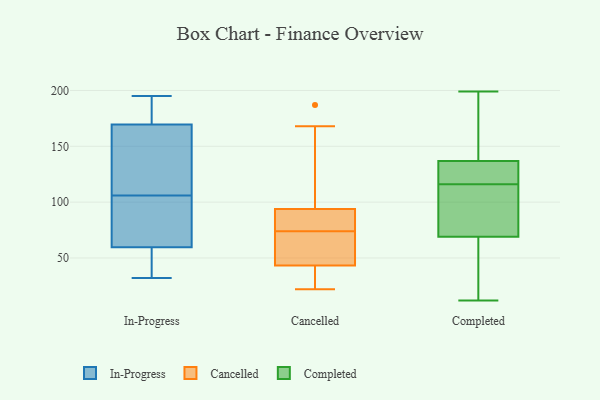
{"axis": {"x": "Inventory Turnover", "y": "Value"}, "legend": ["Cancelled", "Completed", "In-Progress"], "data": [{"x": "", "y": 188, "type": "In-Progress"}, {"x": "", "y": 172, "type": "In-Progress"}, {"x": "", "y": 40, "type": "In-Progress"}, {"x": "", "y": 127, "type": "In-Progress"}, {"x": "", "y": 122, "type": "In-Progress"}, {"x": "", "y": 195, "type": "In-Progress"}, {"x": "", "y": 106, "type": "In-Progress"}, {"x": "", "y": 177, "type": "In-Progress"}, {"x": "", "y": 88, "type": "In-Progress"}, {"x": "", "y": 59, "type": "In-Progress"}, {"x": "", "y": 32, "type": "In-Progress"}, {"x": "", "y": 36, "type": "In-Progress"}, {"x": "", "y": 173, "type": "In-Progress"}, {"x": "", "y": 34, "type": "In-Progress"}, {"x": "", "y": 81, "type": "In-Progress"}, {"x": "", "y": 158, "type": "In-Progress"}, {"x": "", "y": 162, "type": "In-Progress"}, {"x": "", "y": 61, "type": "In-Progress"}, {"x": "", "y": 81, "type": "In-Progress"}, {"x": "", "y": 29, "type": "Cancelled"}, {"x": "", "y": 29, "type": "Cancelled"}, {"x": "", "y": 68, "type": "Cancelled"}, {"x": "", "y": 93, "type": "Cancelled"}, {"x": "", "y": 154, "type": "Cancelled"}, {"x": "", "y": 74, "type": "Cancelled"}, {"x": "", "y": 136, "type": "Cancelled"}, {"x": "", "y": 75, "type": "Cancelled"}, {"x": "", "y": 44, "type": "Cancelled"}, {"x": "", "y": 168, "type": "Cancelled"}, {"x": "", "y": 87, "type": "Cancelled"}, {"x": "", "y": 187, "type": "Cancelled"}, {"x": "", "y": 56, "type": "Cancelled"}, {"x": "", "y": 82, "type": "Cancelled"}, {"x": "", "y": 94, "type": "Cancelled"}, {"x": "", "y": 43, "type": "Cancelled"}, {"x": "", "y": 22, "type": "Cancelled"}, {"x": "", "y": 25, "type": "Cancelled"}, {"x": "", "y": 67, "type": "Cancelled"}, {"x": "", "y": 167, "type": "Completed"}, {"x": "", "y": 99, "type": "Completed"}, {"x": "", "y": 94, "type": "Completed"}, {"x": "", "y": 87, "type": "Completed"}, {"x": "", "y": 137, "type": "Completed"}, {"x": "", "y": 113, "type": "Completed"}, {"x": "", "y": 127, "type": "Completed"}, {"x": "", "y": 154, "type": "Completed"}, {"x": "", "y": 29, "type": "Completed"}, {"x": "", "y": 116, "type": "Completed"}, {"x": "", "y": 136, "type": "Completed"}, {"x": "", "y": 186, "type": "Completed"}, {"x": "", "y": 60, "type": "Completed"}, {"x": "", "y": 136, "type": "Completed"}, {"x": "", "y": 12, "type": "Completed"}, {"x": "", "y": 63, "type": "Completed"}, {"x": "", "y": 199, "type": "Completed"}, {"x": "", "y": 126, "type": "Completed"}, {"x": "", "y": 18, "type": "Completed"}]}